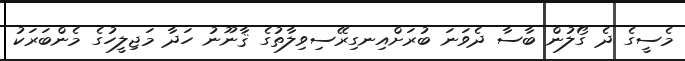
މެސީގެ ދެ ގޯލުން ބާސާ ދެވަނަ ބުރަށްއިނގިރޭސިވިލާތުގެ ޤާނޫނު ހަދާ މަޖިލީހުގެ މެންބަރަކު